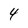
Character: 4